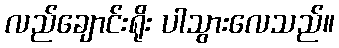
လည်ချောင်းရိုး ပါသွားလေသည်။